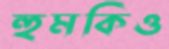
হুমকিও